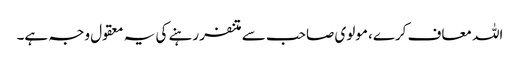
اللہ معاف کرے، مولوی صاحب سے متنفر رہنے کی یہ معقول وجہ ہے۔